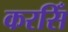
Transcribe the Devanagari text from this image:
करसिँ